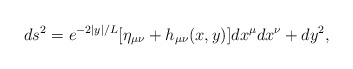
\begin{align*}ds^2=e^{-2|y|/L}[\eta_{\mu\nu}+h_{\mu\nu}(x,y)]dx^\mu dx^\nu+dy^2,\end{align*}